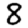
Digit: 8